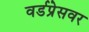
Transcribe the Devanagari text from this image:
वर्डप्रेसवर